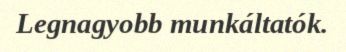
Legnagyobb munkáltatók.